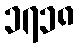
၁၇၁၈